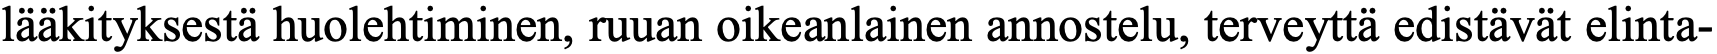
lääkityksestä huolehtiminen, ruuan oikeanlainen annostelu, terveyttä edistävät elinta-